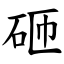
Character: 砸